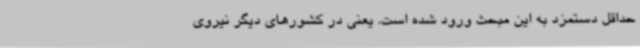
حداقل دستمزد به این مبحث ورود شده است. یعنی در کشورهای دیگر نیروی